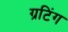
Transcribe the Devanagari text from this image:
ग्रटिंग